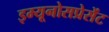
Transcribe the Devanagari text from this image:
इम्यूनोसप्रेसेंट